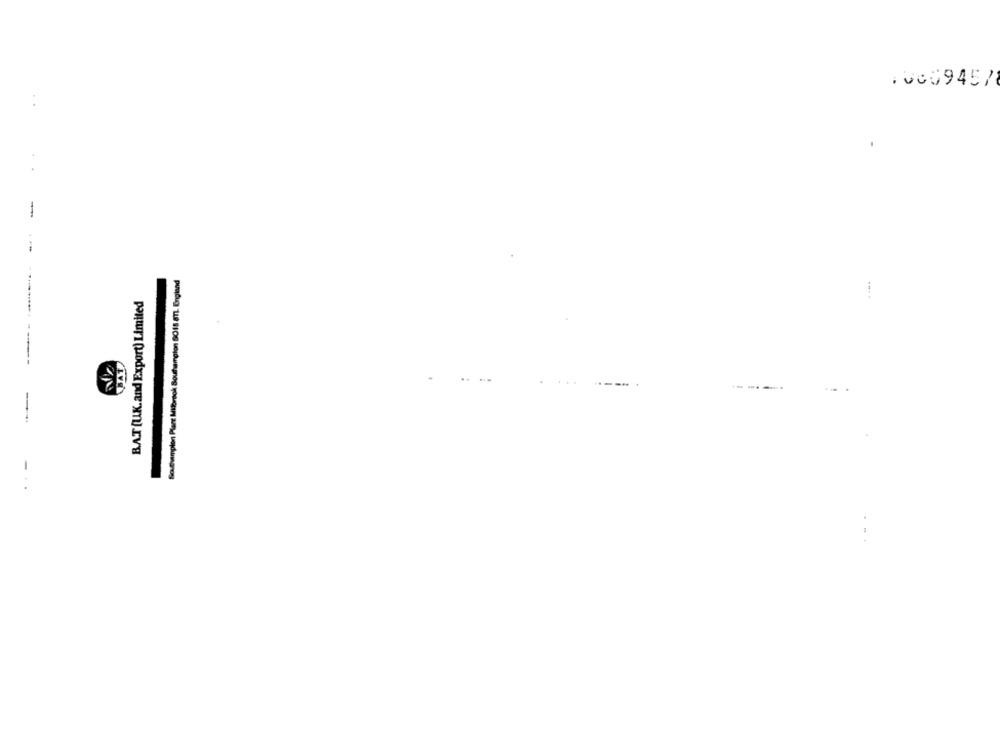
. Ve094578
..
-
Southampton Plant Mibrook Southampton BO18 8TL. England
BAT (UK.and Export) Limited
-------- ----